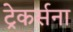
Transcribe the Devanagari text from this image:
ट्रेकर्सना